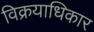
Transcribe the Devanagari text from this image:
विक्रयाधिकार